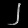
Digit: ၂